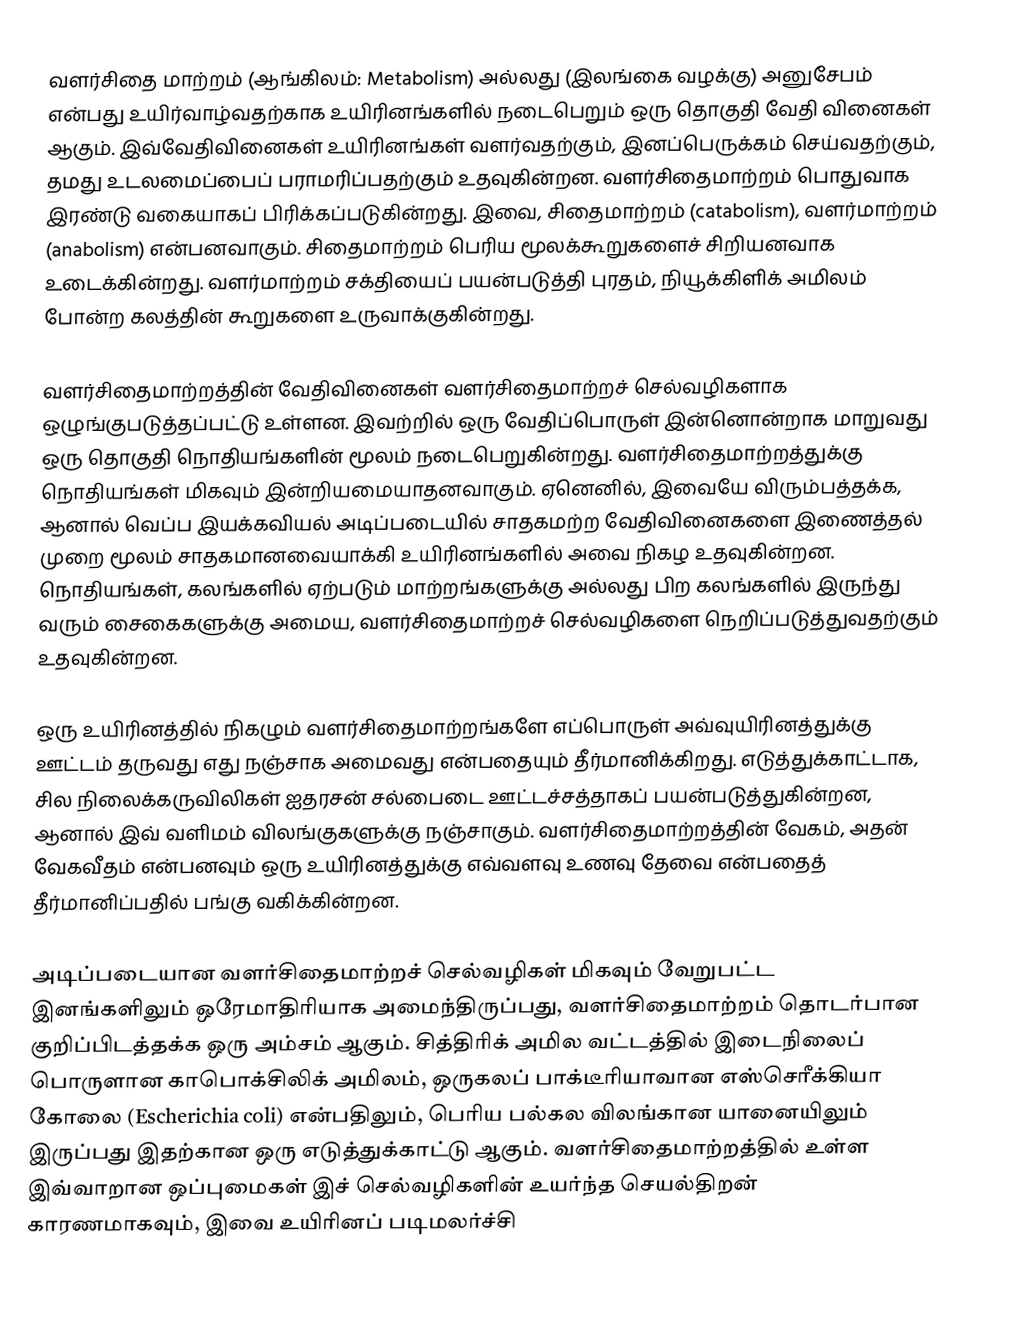
வளர்சிதை மாற்றம் (ஆங்கிலம்: Metabolism) அல்லது (இலங்கை வழக்கு) அனுசேபம் என்பது உயிர்வாழ்வதற்காக உயிரினங்களில் நடைபெறும் ஒரு தொகுதி வேதி வினைகள் ஆகும். இவ்வேதிவினைகள் உயிரினங்கள் வளர்வதற்கும், இனப்பெருக்கம் செய்வதற்கும், தமது உடலமைப்பைப் பராமரிப்பதற்கும் உதவுகின்றன. வளர்சிதைமாற்றம் பொதுவாக இரண்டு வகையாகப் பிரிக்கப்படுகின்றது. இவை, சிதைமாற்றம் (catabolism), வளர்மாற்றம் (anabolism) என்பனவாகும். சிதைமாற்றம் பெரிய மூலக்கூறுகளைச் சிறியனவாக உடைக்கின்றது. வளர்மாற்றம் சக்தியைப் பயன்படுத்தி புரதம், நியூக்கிளிக் அமிலம் போன்ற கலத்தின் கூறுகளை உருவாக்குகின்றது.

வளர்சிதைமாற்றத்தின் வேதிவினைகள் வளர்சிதைமாற்றச் செல்வழிகளாக ஒழுங்குபடுத்தப்பட்டு உள்ளன. இவற்றில் ஒரு வேதிப்பொருள் இன்னொன்றாக மாறுவது ஒரு தொகுதி நொதியங்களின் மூலம் நடைபெறுகின்றது. வளர்சிதைமாற்றத்துக்கு நொதியங்கள் மிகவும் இன்றியமையாதனவாகும். ஏனெனில், இவையே விரும்பத்தக்க, ஆனால் வெப்ப இயக்கவியல் அடிப்படையில் சாதகமற்ற வேதிவினைகளை இணைத்தல் முறை மூலம் சாதகமானவையாக்கி உயிரினங்களில் அவை நிகழ உதவுகின்றன. நொதியங்கள், கலங்களில் ஏற்படும் மாற்றங்களுக்கு அல்லது பிற கலங்களில் இருந்து வரும் சைகைகளுக்கு அமைய, வளர்சிதைமாற்றச் செல்வழிகளை நெறிப்படுத்துவதற்கும் உதவுகின்றன.

ஒரு உயிரினத்தில் நிகழும் வளர்சிதைமாற்றங்களே எப்பொருள் அவ்வுயிரினத்துக்கு ஊட்டம் தருவது எது நஞ்சாக அமைவது என்பதையும் தீர்மானிக்கிறது. எடுத்துக்காட்டாக, சில நிலைக்கருவிலிகள் ஐதரசன் சல்பைடை ஊட்டச்சத்தாகப் பயன்படுத்துகின்றன, ஆனால் இவ் வளிமம் விலங்குகளுக்கு நஞ்சாகும். வளர்சிதைமாற்றத்தின் வேகம், அதன் வேகவீதம் என்பனவும் ஒரு உயிரினத்துக்கு எவ்வளவு உணவு தேவை என்பதைத் தீர்மானிப்பதில் பங்கு வகிக்கின்றன.

அடிப்படையான வளர்சிதைமாற்றச் செல்வழிகள் மிகவும் வேறுபட்ட இனங்களிலும் ஒரேமாதிரியாக அமைந்திருப்பது, வளர்சிதைமாற்றம் தொடர்பான குறிப்பிடத்தக்க ஒரு அம்சம் ஆகும். சித்திரிக் அமில வட்டத்தில் இடைநிலைப் பொருளான காபொக்சிலிக் அமிலம், ஒருகலப் பாக்டீரியாவான எஸ்செரீக்கியா கோலை (Escherichia coli) என்பதிலும், பெரிய பல்கல விலங்கான யானையிலும் இருப்பது இதற்கான ஒரு எடுத்துக்காட்டு ஆகும். வளர்சிதைமாற்றத்தில் உள்ள இவ்வாறான ஒப்புமைகள் இச் செல்வழிகளின் உயர்ந்த செயல்திறன் காரணமாகவும், இவை உயிரினப் படிமலர்ச்சி